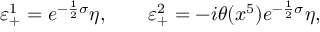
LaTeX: \varepsilon _ { + } ^ { 1 } = e ^ { - \frac { 1 } { 2 } \sigma } \eta , \qquad \varepsilon _ { + } ^ { 2 } = - i \theta ( x ^ { 5 } ) e ^ { - \frac { 1 } { 2 } \sigma } \eta ,